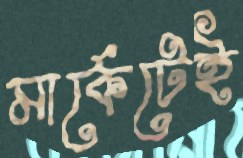
মার্কেটেই